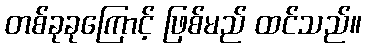
တစ်ခုခုကြောင့် ဖြစ်မည် ထင်သည်။